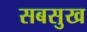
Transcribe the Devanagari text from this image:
सबसुख